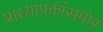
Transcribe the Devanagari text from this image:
प्राध्यापकांसमोर